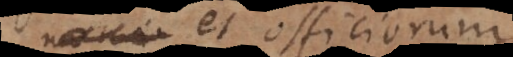
et officiorum,